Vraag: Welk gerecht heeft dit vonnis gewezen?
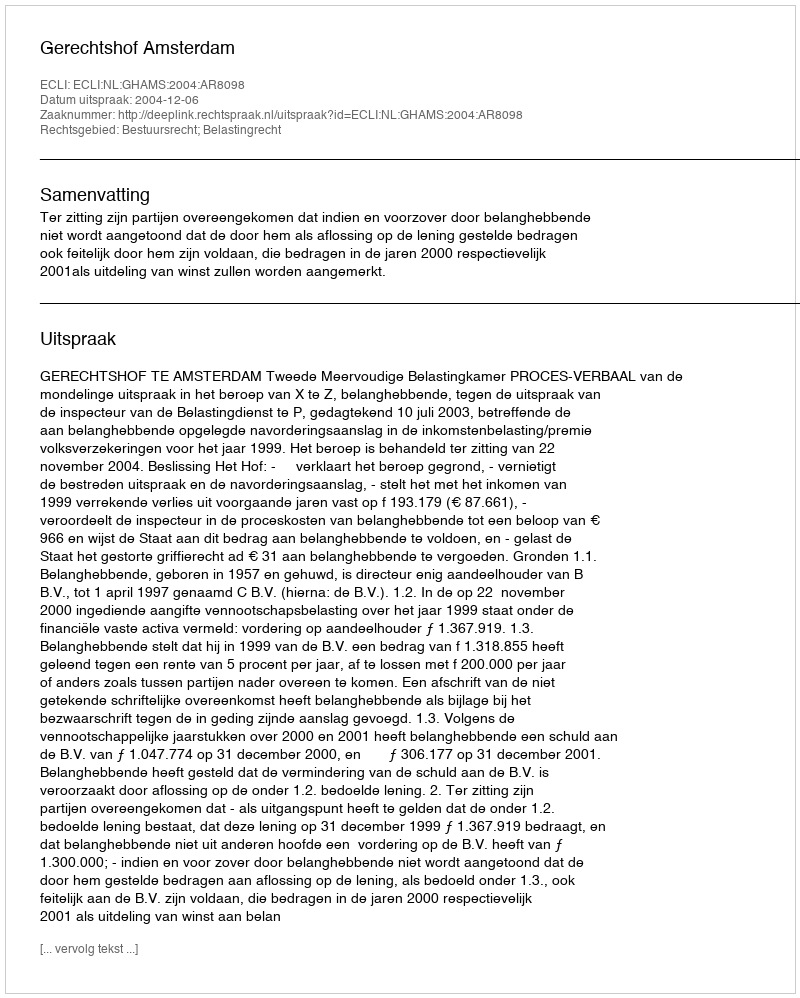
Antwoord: Gerechtshof Amsterdam